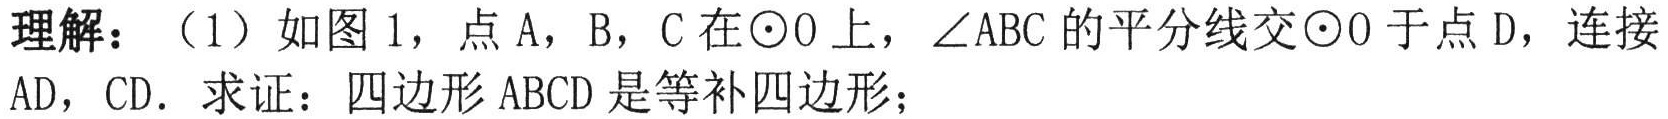
理解：（1）如图1，点A，B，C在\(\odot O\)上，\(\angle ABC\)的平分线交\(\odot O\)于点D，连接AD，CD．求证：四边形ABCD是等补四边形；